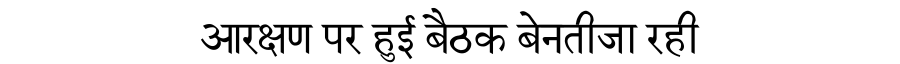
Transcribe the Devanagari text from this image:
आरक्षण पर हुई बैठक बेनतीजा रही